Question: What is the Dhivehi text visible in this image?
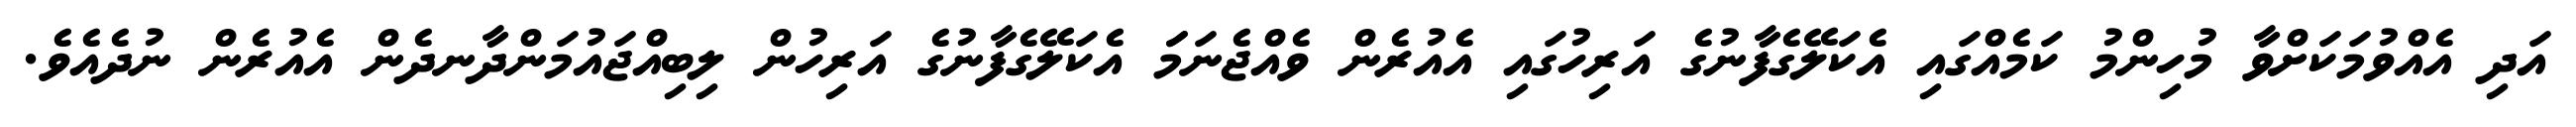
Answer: އަދި އެއްވުމަކަށްވާ މުހިންމު ކަމެއްގައި އެކަލޭގެފާނުގެ އަރިހުގައި އެއުރެން ވެއްޖެނަމަަ އެކަލޭގެފާނުގެ އަރިހުން ލިބިއްޖައުމަންދާނދެން އެއުރެން ނުދެއެވެ.